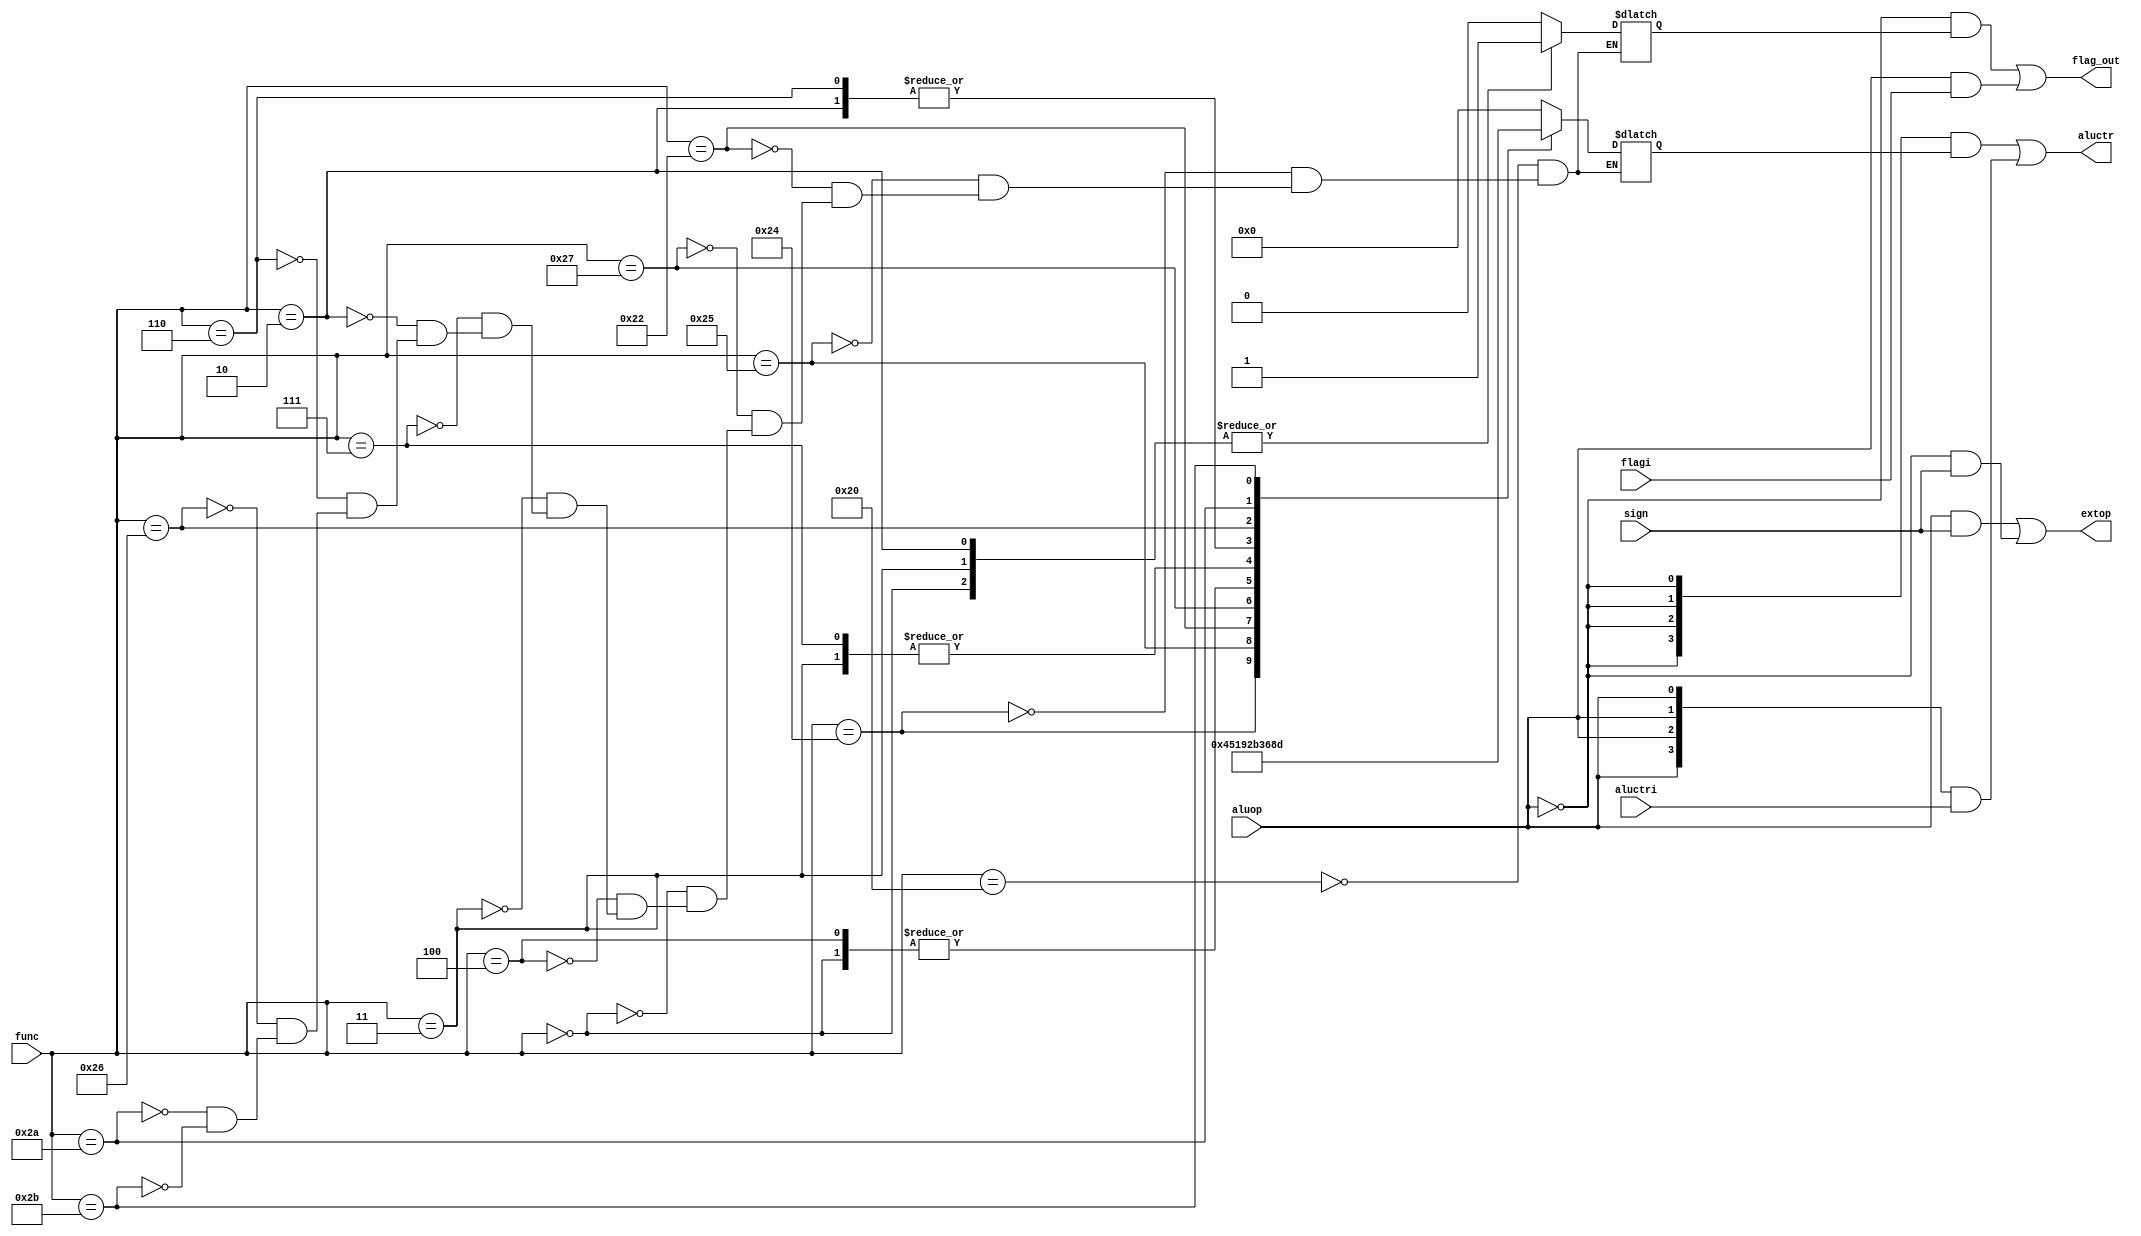
`timescale 1ns / 1ps

module loc_control(input flagi, input [3:0]aluctri, input sign, input [5:0]func, input aluop, output [3:0]aluctr ,output flag_out, output extop);
reg [3:0]temp;
reg flag;
always@(*)
	begin
	case(func) 
				6'b100000://add
				begin
				temp <= 4'b0000;
				flag = 0;
				end
				6'b100100://and
				begin
				temp <= 4'b0100;
				flag = 0;
				end
				6'b100101://or
				begin
				temp <= 4'b0101;
				flag = 0;
				end
				6'b100010://sub
				begin
				temp <= 4'b0001;
				flag = 0;
				end
				6'b100111://nor
				begin
				temp <= 4'b1001;
				flag = 0;
				end
				6'b000000://sll
				begin
				temp <= 4'b0010;
				flag = 1;
				end
				6'b000100://sllv
				begin
				temp <= 4'b0010;
				flag = 0;
				end
				6'b000011://sra
				begin
				temp <= 4'b1011;
				flag = 1;
				end
				6'b000111://srav
				begin
				temp <= 4'b1011;
				flag = 0;
				end
				6'b000010://srl
				begin
				temp <= 4'b0011;
				flag = 1;
				end
				6'b000110://srlv
				begin
				temp <= 4'b0011;
				flag = 0;
				end
				6'b100110://xor
				begin
				temp <= 4'b0110;
				flag = 0;
				end
				6'b101010://slt
				begin
				temp <= 4'b1000;
				flag = 0;
				end
				6'b101011://sltu
				begin
				temp <= 4'b1101;
				flag = 0;
				end
	endcase
	end
assign flag_out = (~aluop)&flag|(aluop)&flagi;//for sa
assign aluctr  = ({ 4{(~aluop)} }&temp) | ({ 4{aluop} }&aluctri);
assign extop = (aluop&sign)|((~aluop)&sign);
endmodule

module control(input [5:0]opcode, input signbit, input [5:0]func, output regdst, output regwrite, output extop, output alusrc, output [3:0]aluctr, output b, output j, output flag, output memorytoreg, output memorywrite);
reg rdst,regwr,alusource,ext,aluop,branch,jump,memtoreg,memwr;
reg [3:0]rc;
assign regdst = rdst;
assign regwrite = regwr;
assign alusrc = alusource;
assign b = branch;
assign j = jump;
assign memorytoreg = memtoreg;
assign memorywrite = memwr;
always@(*)
begin
case(opcode)
	6'b000000://rtype
	begin
	rdst = 1;
	regwr = 1;
	alusource = 0;
	aluop = 0;
	jump = 0;
	branch = 0;
	memtoreg = 0;
	memwr = 0;
	end
	6'b001000://addi
	begin
	rdst = 0;
	regwr = 1;
	alusource = 1;
	ext = signbit;
	aluop = 1;
	jump = 0;
	branch = 0;
	memtoreg = 0;
	memwr = 0;
	rc = 4'b0000;
	end
	6'b001100://andi
	begin
	rdst = 0;
	regwr = 1;
	alusource = 1;
	ext = 0;
	aluop = 1;
	jump = 0;
	branch = 0;
	memtoreg = 0;
	memwr = 0;
	rc = 4'b0100;
	end
	6'b001101://ori
	begin
	rdst = 0;
	regwr = 1;
	alusource = 1;
	ext = 0;
	aluop = 1;
	jump = 0;
	branch = 0;
	memtoreg = 0;
	memwr = 0;
	rc = 4'b0101;
	end
	6'b001110://xori
	begin
	rdst = 0;
	regwr = 1;
	alusource = 1;
	ext = 0;
	aluop = 1;
	jump = 0;
	branch = 0;
	memtoreg = 0;
	memwr = 0;
	rc = 4'b0110;
	end
	6'b001010://slti
	begin
	rdst = 0;
	regwr = 1;
	alusource = 1;
	ext = signbit;
	aluop = 1;
	jump = 0;
	branch = 0;
	memtoreg = 0;
	memwr = 0;
	rc = 4'b1000;
	end
	6'b001011://sltiu
	begin
	rdst = 0;
	regwr = 1;
	alusource = 1;
	ext = signbit;
	aluop = 1;
	jump = 0;
	branch = 0;
	memtoreg = 0;
	memwr = 0;
	rc = 4'b1101;
	end
	6'b000100://beq
	begin
	rdst = 0;//don't care
	regwr = 0;
	alusource = 0;
	ext = signbit;//don't care
	aluop = 1;
	jump = 0;
	branch = 1;
	memtoreg = 0;
	memwr = 0;
	rc = 4'b1110;
	end
	6'b000111://bgtz
	begin
	rdst = 0;//don't care
	regwr = 0;
	alusource = 0;
	ext = signbit;//don't care
	aluop = 1;
	jump = 0;
	branch = 1;
	memtoreg = 0;
	memwr = 0;
	rc = 4'b1111;
	end
	6'b000110://blez
	begin
	rdst = 0;//don't care
	regwr = 0;
	alusource = 0;
	ext = signbit;//don't care
	aluop = 1;
	jump = 0;
	branch = 1;
	memtoreg = 0;
	memwr = 0;
	rc = 4'b1100;
	end
	6'b000101://bne
	begin
	rdst = 0;//don't care
	regwr = 0;
	alusource = 0;
	ext = signbit;//don't care
	aluop = 1;
	jump = 0;
	branch = 1;
	memtoreg = 0;
	memwr = 0;
	rc = 4'b1010;
	end
	6'b000010://j
	begin
	rdst = 0;//don't care
	regwr = 0;
	alusource = 0;
	ext = signbit;//don't care
	aluop = 1;
	jump = 1;
	branch = 0;
	memtoreg = 0;//don't care
	memwr = 0;
	rc = 4'b0000;//don't care
	end
	6'b000011://jal
	begin
	rdst = 0;//don't care
	regwr = 0;
	alusource = 0;
	ext = signbit;//don't care
	aluop = 1;
	jump = 1;
	branch = 0;
	memtoreg = 0;//don't care
	memwr = 0;
	rc = 4'b0111;//don't care
	end
	6'b100000://lb
	begin
	rdst = 0;
	regwr = 1;
	alusource = 1;
	ext = signbit;
	aluop = 1;
	jump = 0;
	branch = 0;
	memtoreg = 1;
	memwr = 0;
	rc = 4'b0000;
	end
	6'b101000://sb
	begin
	rdst = 0;//don't care
	regwr = 0;
	alusource = 1;
	ext = signbit;
	aluop = 1;
	jump = 0;
	branch = 0;
	memtoreg = 1;//don't care
	memwr = 1;
	rc = 4'b0000;
	end
endcase
end
loc_control l1(1'b0,rc,ext,func,aluop,aluctr[3:0],flag,extop);
endmodule

module ALU(input [3:0]c, input [31:0]x1, input [31:0]x2, output [31:0]y, output c_out);
reg [32:0] result;
assign y = result[31:0];
assign c_out = result[32];
always@(*)
begin
		case(c)
		4'b0000:
			result = x1+x2;
		4'b0001:
			result = x1-x2;
		4'b0010:
			result = x2<<x1;
		4'b0011:
			result = x2>>x1;
		4'b0100:
			result = x1&x2;
		4'b0101:
			result = x1|x2;
		4'b0110:
			result = x1^x2;
		4'b0111:
			result = 32'b00000000000000000000000000011111;//extra
		4'b1000:
			result = ($signed(x1))<($signed(x2))?32'b00000000000000000000000000000001:32'b00000000000000000000000000000000;
		4'b1001:
			result = ~(x1|x2);
		4'b1010:
			result = x1==x2?32'b00000000000000000000000000000001:32'b00000000000000000000000000000000;
		4'b1011:
			result = x2>>>x1;
		4'b1100:
			result = x1>0?32'b00000000000000000000000000000001:32'b00000000000000000000000000000000;
		4'b1101:
			result = x1<x2?32'b00000000000000000000000000000001:32'b00000000000000000000000000000000;
		4'b1110:
			result = x1==x2?32'b00000000000000000000000000000000:32'b00000000000000000000000000000001;
		4'b1111:
			result = x1>0?32'b00000000000000000000000000000000:32'b00000000000000000000000000000001;
		endcase
end
endmodule

module fetch(input clock, input branch, input zero, input jump, input [31:0]inp_instr, output [31:0]instruction, output [31:0]jal_pc);
reg [29:0] pc;
wire [29:0] updpc,brpc,broutpc,temp,nextpc,jpc;
wire sign;	
//Make Instruction Memory
reg [7:0] InstrMem [1023:0];
//Initialize pc and Instruction Memory
initial begin
pc <= 0;
//Load your instructions here
end
//pc getting updated
always@(negedge clock)
begin
	pc <= nextpc;
end
//Output assignment
assign instruction = {{InstrMem[{{pc},{2'b11}}]},{InstrMem[{{pc},{2'b10}}]},{InstrMem[{{pc},{2'b01}}]},{InstrMem[{{pc},{2'b00}}]}};//little endian
//Update pc
assign updpc = pc+1;
//Make branch pc
assign sign = instruction[15]; 
assign brpc = updpc + {{14{(sign)}},{inp_instr[15:0]}};
//Branch check
assign broutpc = (({29{(~(branch&zero))}}&updpc) | ({29{(branch&zero)}}&brpc));
//Make jump pc 
assign jpc = {{pc[29:26]},{inp_instr[25:0]}};
//Jump check
assign nextpc = (({30{(~jump)}}&broutpc) | ({30{jump}}&jpc));
//jal_pc
assign temp = pc+(30'b000000000000000000000000000010);
assign jal_pc = {{temp},{2'b00}};
endmodule

module decode_and_execute(input clock, input [31:0]x, input [31:0]jal_pc, output [31:0]y, output wire jump, output wire branch, output wire zero, output  wire [31:0]busw, output  wire [31:0]busa, output  wire [31:0]busb);
wire [3:0]aluctr;
assign y = x[31:0];
wire extop,alusrc,temp,flag,memtoreg,regwrite,memwr,regdst;
wire [31:0]alubus;
//Control Logic
control c1(x[31:26],x[15],x[5:0],regdst,regwrite,extop,alusrc,aluctr[3:0],branch,jump,flag,memtoreg,memwr);
//Making and Initializing Registers, Data Memory
reg [31:0] Registers [31:0];
reg [7:0] DataMem [1023:0];
integer i;
initial begin
	for(i=0; i<32; i=i+1)
		Registers[i] = 0;
	for(i=0; i<1024; i=i+1)
		DataMem[i] = 0;
	//Load Data Memory here
end

always@(negedge clock)
begin
	if(regwrite)
		Registers[(({5{(~regdst)}}&x[20:16]) | ({5{regdst}}&(x[15:11])))] <= busw;
	if(memwr)
		DataMem[alubus] <= busb[7:0];//SB:storing lowest 8 bits of busb
	case(aluctr)
	4'b0111:
		Registers[busw] <= jal_pc;//jal_pc Storage in register 31
	endcase	
end
//Assign busw
assign busw = (alubus & {32{(~memtoreg)}}) | ({{24{DataMem[alubus][7]}},{DataMem[alubus]}} & {32{memtoreg}});//LB:loading 0-extended value of Data Memory Register
//Assign busa, busb
assign busa = (flag&({27'b000000000000000000000000000,x[10:6]})) | ((~flag)&(Registers[(x[25:21])]));
assign busb = Registers[(x[20:16])];
//ALU
ALU a2(aluctr[3:0],busa,({ 32{(~alusrc)} }&busb) | ({ 32{alusrc} }&{ {16{extop}},x[15:0] }),alubus,temp);
assign zero = (~alubus[0]);//If ALU output is 0, then zero bit = 1
endmodule

module Main_Processor(input clock, output wire [31:0]busa, output wire [31:0]busb, output wire [31:0]busw, output wire [31:0]x);
wire [31:0]jal_pc,instruction;
reg branch1,zero1,jump1;
wire [31:0]recent_instr;
reg [31:0]inp_instr;
initial begin
	inp_instr <= 32'b00000000000000000000000000000000;
	branch1 <= 0;
	jump1 <= 0;
	zero1 <= 0;
end
fetch f1(clock,branch1,zero1,jump1,recent_instr,instruction,jal_pc);
assign x = instruction[31:0];
always@(negedge clock)
begin
	inp_instr <= instruction[31:0];
end
decode_and_execute e1(clock,inp_instr,jal_pc,recent_instr,jump,branch,zero,busw,busa,busb); 
always@(*)
begin
branch1 <= branch;
zero1 <= zero;
jump1 <= jump;
end
endmodule